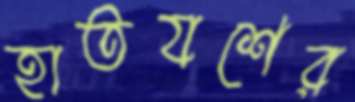
হাতযশের